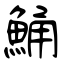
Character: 鯒